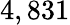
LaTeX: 4,831